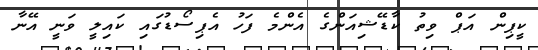
ކީޕިން އަޕް ވިތު ކާޑޭޝިއަންގެ އެންމެ ފަހު އެޕިސޯޑުގައި ކައިލީ ވަނީ އޭނާ